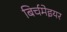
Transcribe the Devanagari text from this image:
बिर्चमेइयर